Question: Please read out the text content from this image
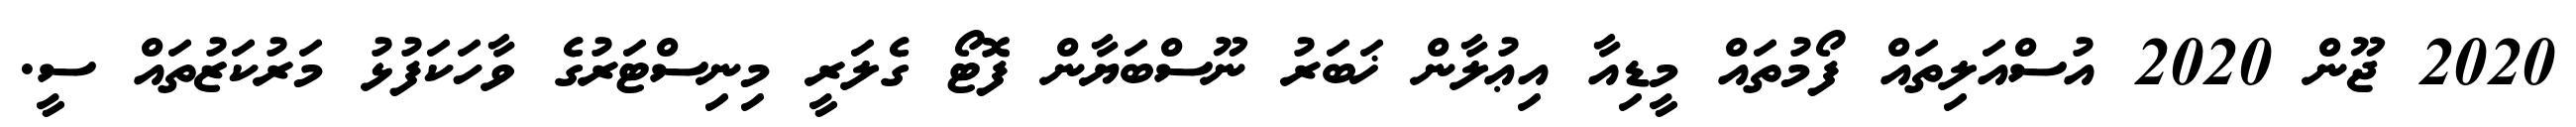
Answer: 2020 ޖޫން 2020 އުސްއަލިތައް ފޯމުތައް މީޑިއާ އިޢުލާން ޚަބަރު ނޫސްބަޔާން ފޮޓޯ ގެލަރީ މިނިސްޓަރުގެ ވާހަކަފުޅު މަރުކަޒުތައް ސީ.